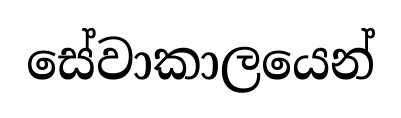
සේවාකාලයෙන්